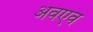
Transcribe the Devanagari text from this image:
अवएव